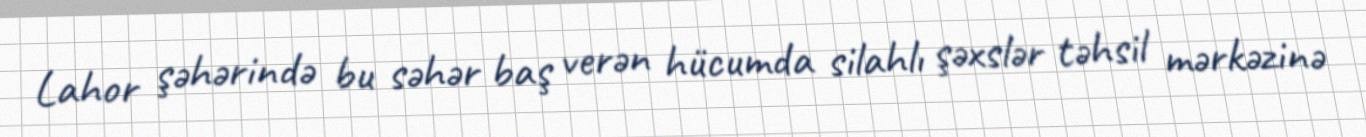
Lahor şəhərində bu səhər baş verən hücumda silahlı şəxslər təhsil mərkəzinə